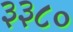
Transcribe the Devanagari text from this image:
३३८०